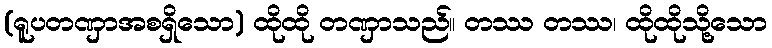
(ရူပတဏှာအစရှိသော) ထိုထို တဏှာသည်။ တဿ တဿ၊ ထိုထိုသို့သော